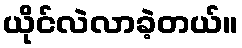
ယိုင်လဲလာခဲ့တယ်။